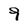
Character: 9